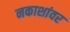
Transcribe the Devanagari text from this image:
नकाशांवर